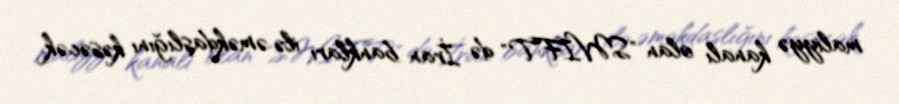
maliyyə kanalı olan "SWIFT" də İran bankları ilə əməkdaşlığını kəsəcək.